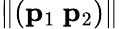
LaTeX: \| (\mathbf{p}_{1}~\mathbf{p}_{2})\|